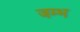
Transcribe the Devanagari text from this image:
जम्भ